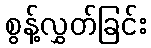
စွန့်လွှတ်ခြင်း